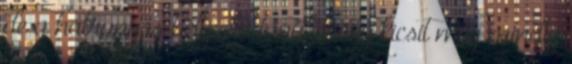
de a hátrányos helyzetű tanulók egy kicsit még mindig